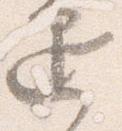
退